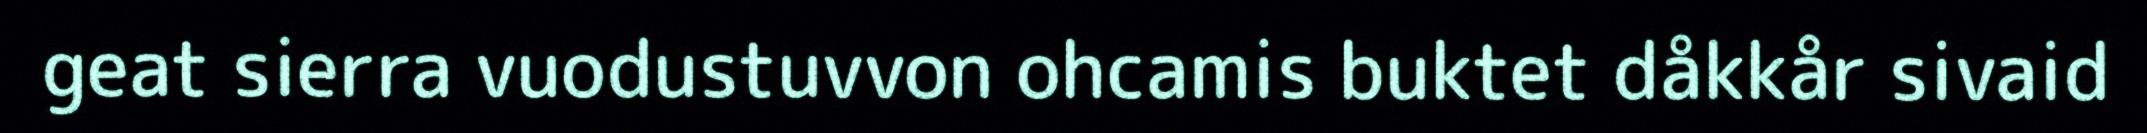
geat sierra vuodustuvvon ohcamis buktet dåkkår sivaid